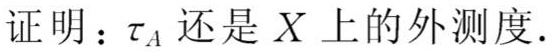
证明：$\tau_A$ 还是 $X$ 上的外测度.